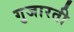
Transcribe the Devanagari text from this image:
गुजारती